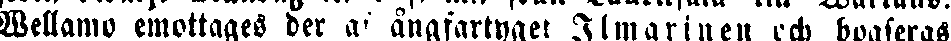
Wellamo emottages der af ångfartyget Ilmarinen och bogseras